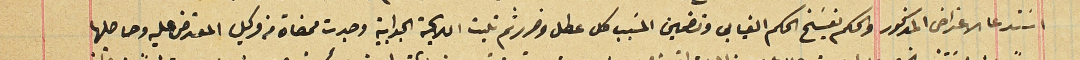
استدعا الاعتراض المذكور والحكم بفسَخ الحكم الغيابي وتضمين المسَبب كل عطل وضرر ثم تليت اللايحة الجوابية وجدت ممضاة من وكيل المعترض عليه وحاصلها